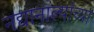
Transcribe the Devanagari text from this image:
नद्यानाल्यांच्या